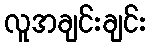
လူအချင်းချင်း